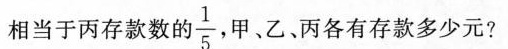
相当于丙存款数的 $$\frac{1}{5}$$ 甲、乙、丙各有存款多少元?